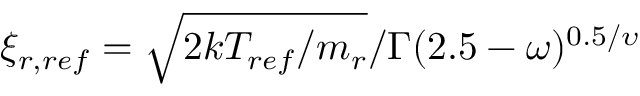
\xi _ { r , r e f } = \sqrt { 2 k T _ { r e f } / m _ { r } } / \Gamma ( 2 . 5 - \omega ) ^ { 0 . 5 / \upsilon }